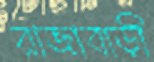
রাজাবাড়ী